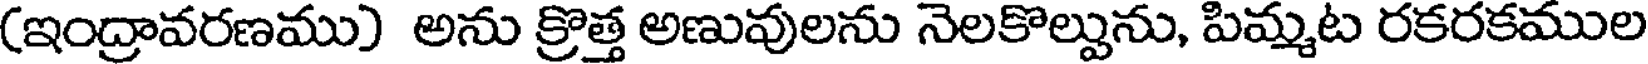
(ఇంద్రావరణము) అను క్రొత్త అణువులను నెలకొల్పును, పిమ్మట రకరకముల